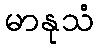
မာနုသံ